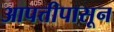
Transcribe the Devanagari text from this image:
आपत्तीपासून